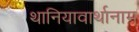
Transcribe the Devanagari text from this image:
थानियावार्थानाम